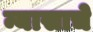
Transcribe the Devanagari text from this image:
न्यासाचे